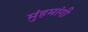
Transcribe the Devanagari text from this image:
मुंहमांगी